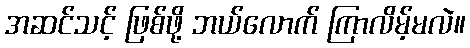
အဆင်သင့် ဖြစ်ဖို့ ဘယ်လောက် ကြာလိမ့်မလဲ။